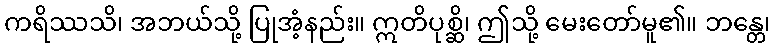
ကရိဿသိ၊ အဘယ်သို့ ပြုအံ့နည်း။ ဣတိပုစ္ဆိ၊ ဤသို့ မေးတော်မူ၏။ ဘန္တေ၊